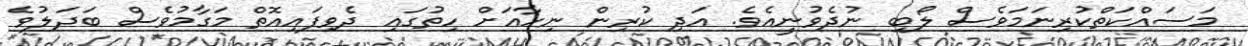
މަސައްކަތްކުރިނަމަވެސް ލޯބި ނުދެވުނީއެވެ. އަދި ކުރިން ނިހާއަށް ހިތުގައި ދެވިފައިއޮތް މަގާމުވެސް ބަދަލުވެ